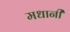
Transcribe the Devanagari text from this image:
मधानी